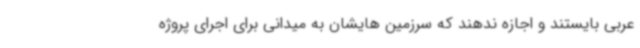
عربی بایستند و اجازه ندهند که سرزمین هایشان به میدانی برای اجرای پروژه